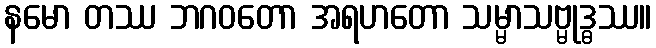
နမော တဿ ဘဂ၀တော အရဟတော သမ္မာသဗ္မုဒ္ဓဿ။